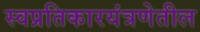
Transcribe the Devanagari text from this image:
स्वप्रतिकारयंत्रणेतील